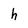
Character: h